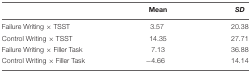
<table><thead><tr><td>[EMPTY_CELL]</td><td><b>Mean</b></td><td><b><i>SD</i></b></td></tr></thead><tbody><tr><td>Failure Writing × TSST</td><td>3.57</td><td>20.38</td></tr><tr><td>Control Writing × TSST</td><td>14.35</td><td>27.71</td></tr><tr><td>Failure Writing × Filler Task</td><td>7.13</td><td>36.88</td></tr><tr><td>Control Writing × Filler Task</td><td>–4.66</td><td>14.14</td></tr></tbody></table>